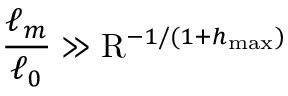
\frac { \ell _ { m } } { \ell _ { 0 } } \gg \mathrm { R } ^ { - 1 / ( 1 + h _ { \operatorname* { m a x } } ) }